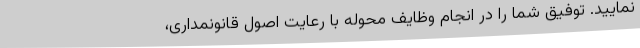
نمایید. توفیق شما را در انجام وظایف محوله با رعایت اصول قانونمداری،